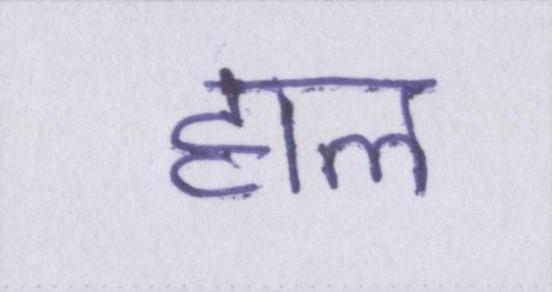
हाल